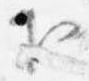
下